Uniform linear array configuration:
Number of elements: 24
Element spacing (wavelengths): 0.75
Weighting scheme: cosine
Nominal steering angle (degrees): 15
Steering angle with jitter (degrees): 16.14
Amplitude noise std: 0.05
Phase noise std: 0.05

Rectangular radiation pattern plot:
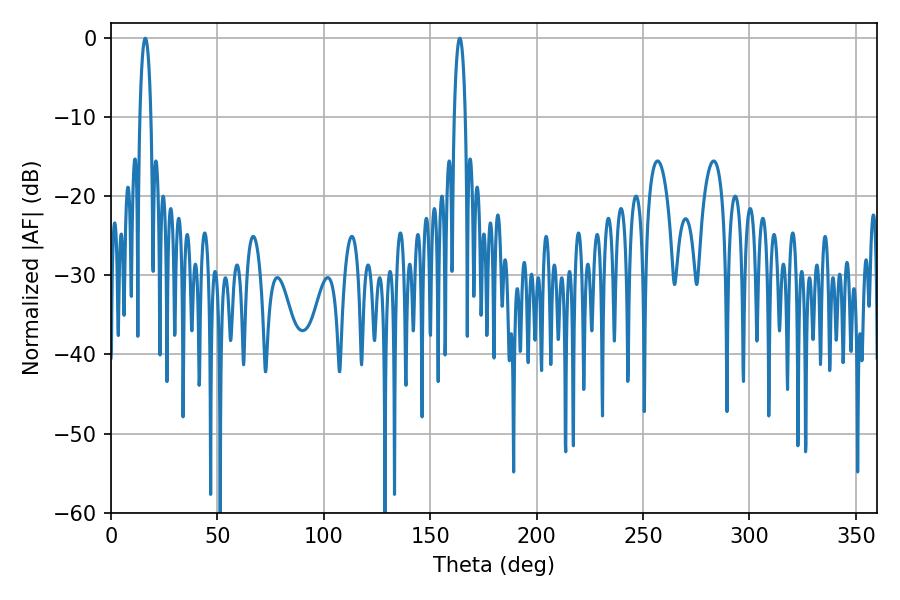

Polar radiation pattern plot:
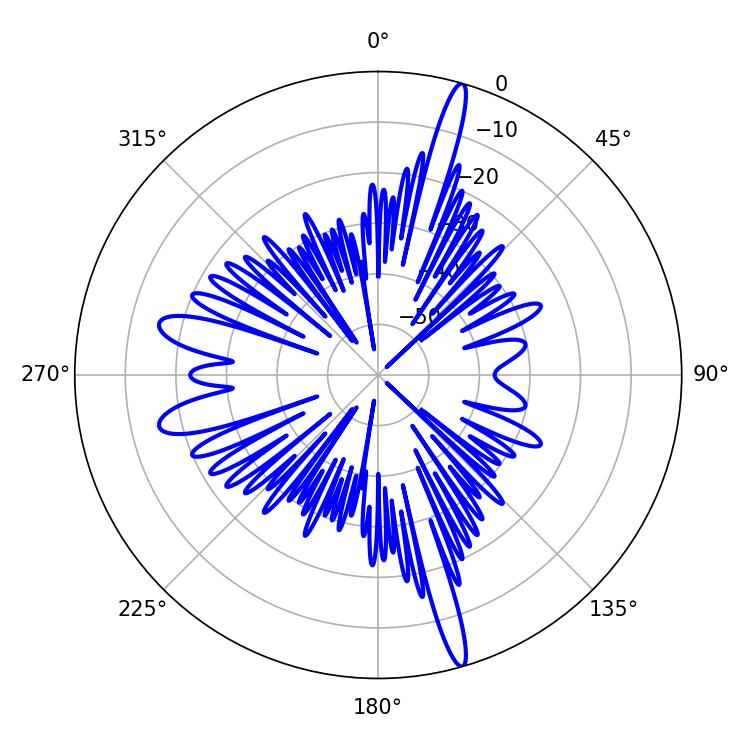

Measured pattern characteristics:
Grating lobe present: TRUE
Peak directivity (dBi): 19.295
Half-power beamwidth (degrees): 2.88
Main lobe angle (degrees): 163.8